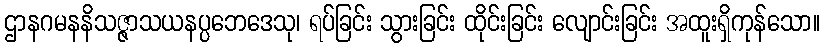
ဌာနဂမနနိသဇ္ဇာသယနပ္ပဘေဒေသု၊ ရပ်ခြင်း သွားခြင်း ထိုင်းခြင်း လျောင်းခြင်း အထူးရှိကုန်သော။